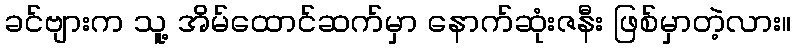
ခင်ဗျားက သူ့ အိမ်ထောင်ဆက်မှာ နောက်ဆုံးဇနီး ဖြစ်မှာတဲ့လား။